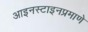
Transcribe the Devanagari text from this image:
आइनस्टाइनप्रमाणे